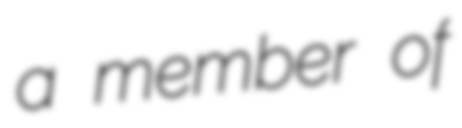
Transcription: a member of